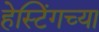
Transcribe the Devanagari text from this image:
हेस्टिंगच्या